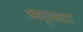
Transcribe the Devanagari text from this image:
अद्जारा